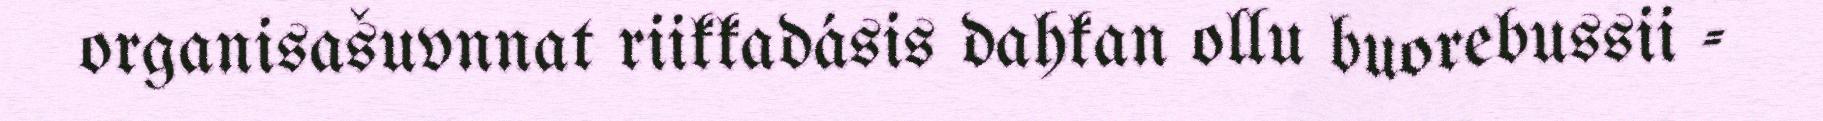
organisašuvnnat riikkadásis dahkan ollu buorebussii -